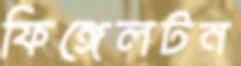
ফিঙ্গেলটন